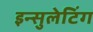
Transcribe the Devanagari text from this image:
इन्सुलेटिंग